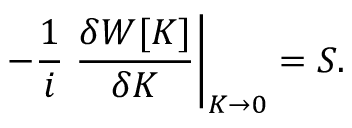
- { \frac { 1 } { i } } \left. { \frac { \delta W [ K ] } { \delta K } } \right| _ { K \rightarrow 0 } = S .